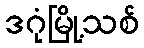
ဒဂုံမြို့သစ်